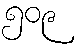
၅၀၉